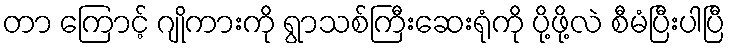
တာ ကြောင့် ဂျိုကားကို ရွာသစ်ကြီးဆေးရုံကို ပို့ဖို့လဲ စီမံပြီးပါပြီ